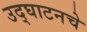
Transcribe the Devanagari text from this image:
उद्घाटनचे